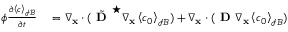
\begin{array} { r l } { \phi \frac { \partial \left\langle c \right\rangle _ { \mathcal { I B } } } { \partial t } } & { { } = \nabla _ { \mathbf { x } } \cdot ( \tilde { \textbf { D } } ^ { \star } \nabla _ { \mathbf x } \left\langle c _ { 0 } \right\rangle _ { \mathcal { I B } } ) + \nabla _ { \mathbf x } \cdot ( \textbf { D } \nabla _ { \mathbf x } \left\langle c _ { 0 } \right\rangle _ { \mathcal { I B } } ) } \end{array}